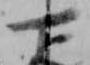
下